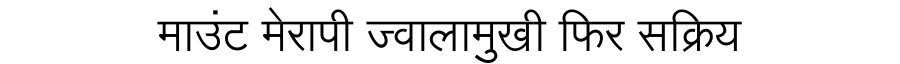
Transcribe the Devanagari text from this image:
माउंट मेरापी ज्वालामुखी फिर सक्रिय